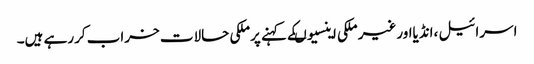
اسرائیل ،انڈیااورغیر ملکی اینسیوںکے کہنے پرملکی حالات خراب کررہے ہیں۔